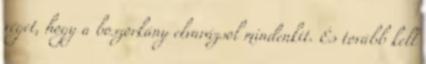
véget, hogy a boszorkány elvarázsol mindenkit. És tovább kell